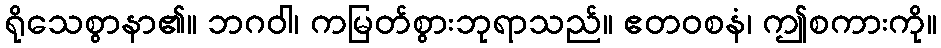
ရိုသေစွာနာ၏။ ဘဂဝါ၊ ကမြတ်စွားဘုရာသည်။ ဧတဝစနံ၊ ဤစကားကို။